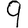
Digit: 9